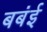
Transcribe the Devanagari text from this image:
बबंई